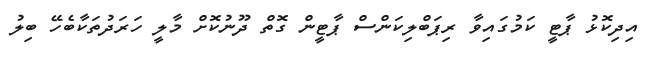
އިދިކޮޅު ޕާޓީ ކަމުގައިވާ ރިޕަބްލިކަންސް ޕާޓީން ގޮތް ދޫނުކޮށް މާލީ ހަރަދުތަކާބެހޭ ބިލު